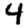
Digit: 4